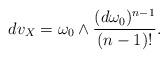
LaTeX: \begin{align*}dv_X=\omega_0\wedge\frac{(d\omega_0)^{n-1}}{(n-1)!}.\end{align*}